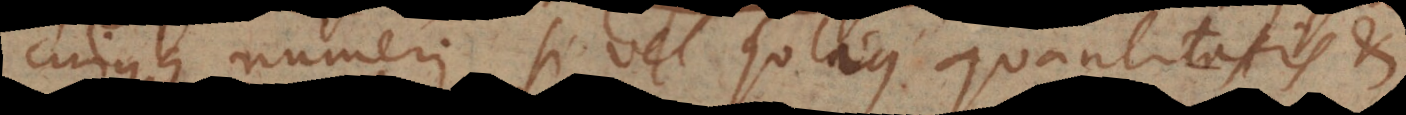
cujusque numeri, si vel solius quantitatis et